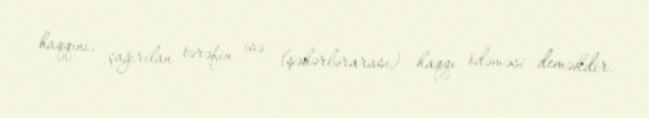
haqqını, çağırılan tərəfin isə (şəhərlərarası) haqqı ödəməsi deməkdir.